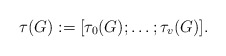
\begin{align*}\tau(G):=\lbrack\tau_0(G);\ldots;\tau_v(G)\rbrack.\end{align*}